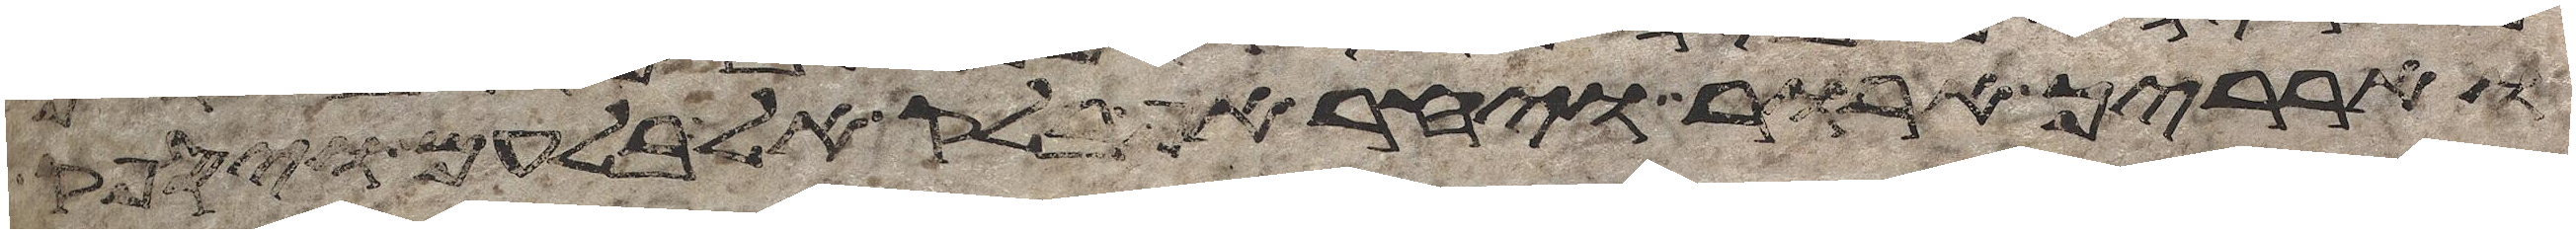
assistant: וארריך ארור ויחר אף בלק אל בלעם ויספק